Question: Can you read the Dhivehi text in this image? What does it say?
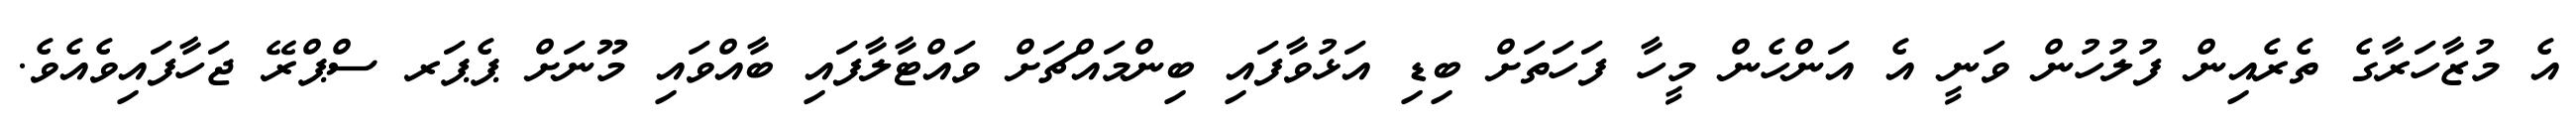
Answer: އެ މުޒާހަރާގެ ތެރެއިން ފުލުހުން ވަނީ އެ އަންހެން މީހާ ފަހަތަށް ބިޑި އަޅުވާފައި ބިންމައްޗަށް ވައްޓާލާފައި ބާއްވައި މޫނަށް ޕެޕަރ ސްޕްރޭ ޖަހާފައިވެއެވެ.